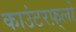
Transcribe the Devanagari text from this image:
काउंटरफ़्लो